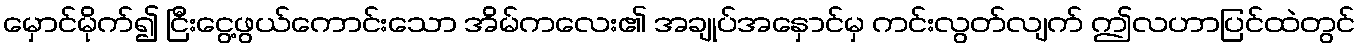
မှောင်မိုက်၍ ငြီးငွေ့ဖွယ်ကောင်းသော အိမ်ကလေး၏ အချုပ်အနှောင်မှ ကင်းလွတ်လျက် ဤလဟာပြင်ထဲတွင်